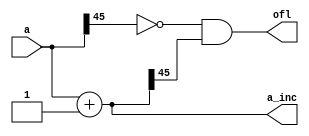
module sparc_ifu_incr46(a, a_inc, ofl);
   input  [45:0]  a;
   output [45:0]  a_inc;
   output 	  ofl;
   
   reg [45:0] 	  a_inc;
   reg 		  ofl;
   
   always @ (a)
     begin
	      a_inc = a + (46'b1);
	      ofl = (~a[45]) & a_inc[45];
     end
   
   
   
endmodule